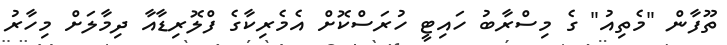
ތޫފާން "މެތިއު" ގެ މިސްރާބު ހައިޓީ ހުރަސްކޮށް އެމެރިކާގެ ފްލޮރިޑާއާ ދިމާލަށް މިހާރު